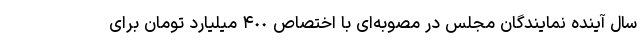
سال آینده نمایندگان مجلس در مصوبه‌ای با اختصاص ۴٠٠ میلیارد تومان برای